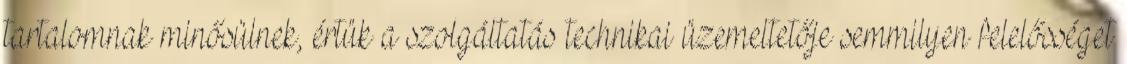
tartalomnak minősülnek, értük a szolgáltatás technikai üzemeltetője semmilyen felelősséget